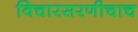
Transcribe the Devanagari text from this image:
विचारसरणीचाच